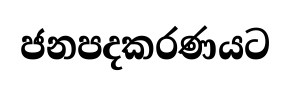
ජනපදකරණයට